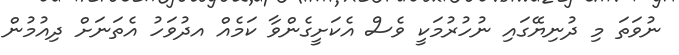
ނުވަތަ މި ދުނިޔޭގައި ނުހުރުމަކީ ވެސް އެކަށީގެންވާ ކަމެއް އދުވަހު އެތަނަށް ދިއުމުން